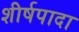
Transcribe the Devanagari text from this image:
शीर्षपादा